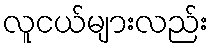
လူငယ်များလည်း